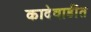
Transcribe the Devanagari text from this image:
कादेवाडींत